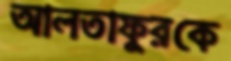
আলতাফুরকে